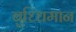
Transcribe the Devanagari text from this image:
बुध्धिमान